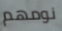
نومهم